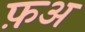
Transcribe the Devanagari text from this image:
फ़अ